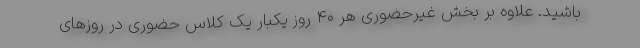
باشید. علاوه بر بخش غیرحضوری هر ۴۰ روز یکبار یک کلاس حضوری در روزهای